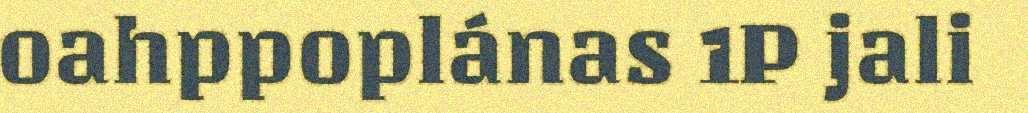
oahppoplánas 1P jali